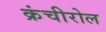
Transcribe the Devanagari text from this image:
क्रंचीरोल